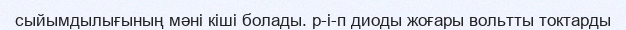
сыйымдылығының мәні кіші болады. р-і-п диоды жоғары вольтты токтарды